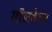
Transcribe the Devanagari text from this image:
मॉलवेयर